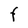
Character: F